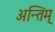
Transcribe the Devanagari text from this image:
अन्तिम्